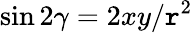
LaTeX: \sin{2\gamma}=2xy/\mathtt{r}^{2}